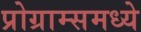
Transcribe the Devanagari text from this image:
प्रोग्राम्समध्ये